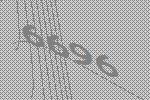
6696